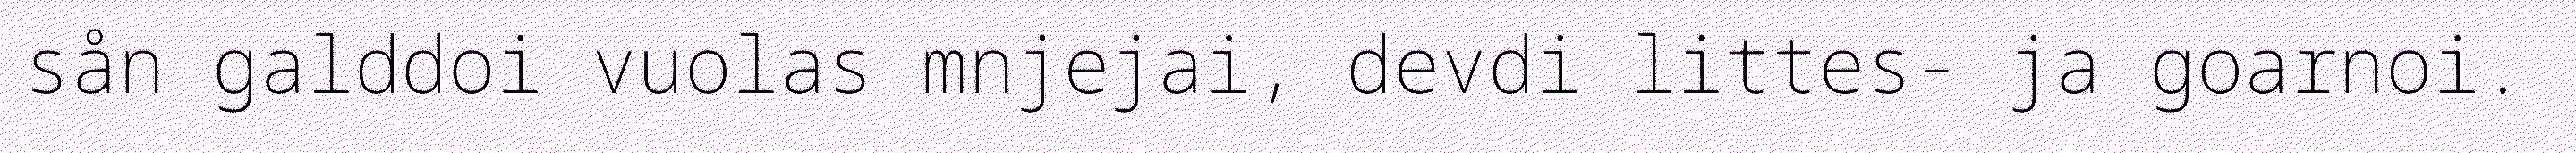
sån galddoi vuolas mnjejai, devdi littes- ja goarnoi.